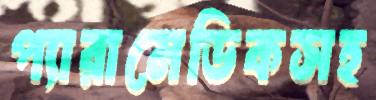
প্যারামেডিকসহ